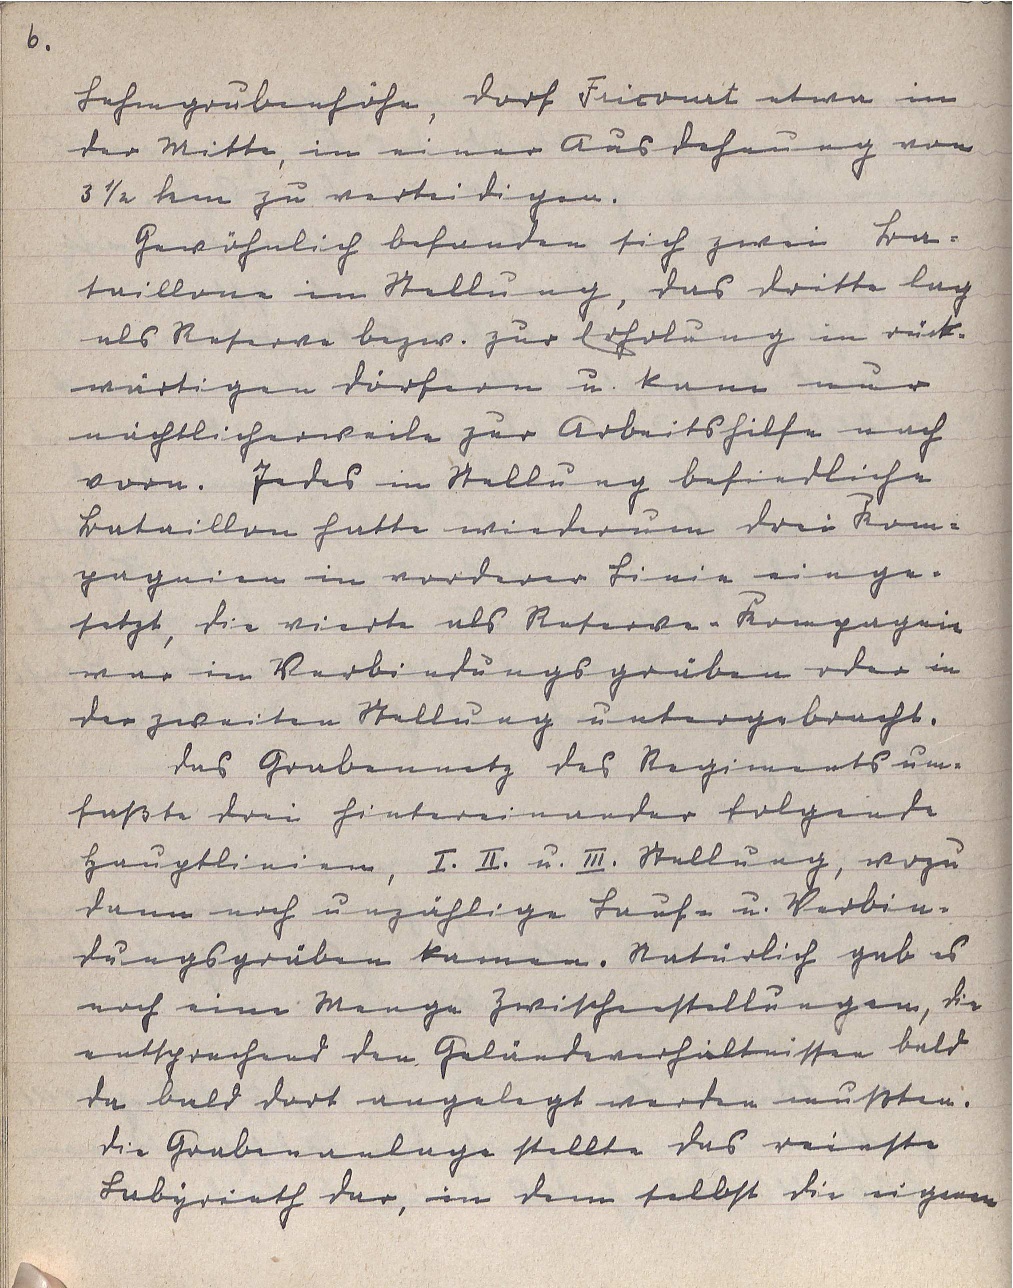
6.

Lehmgrubenhöhe, Dorf Fricourt etwa in
der Mitte, in einer Ausdehnung von
3 1/2 km zu verteidigen.
Gewöhnlich befanden sich zwei Ba¬
taillone in Stellung, das dritte lag
als Reserve bezw. zur Erholung in rück¬
wärtigen Dörfern u. kam nur
nächtlicherweile zur Arbeitshilfe nach
vorn. Jedes in Stellung befindliche
Bataillon hette wiederum drei Kom¬
pagnien in vorderer Linie einge¬
setzt, die vierte als Reserve-Kompagnie
war in Verbindungsgräben oder in
der zweiten Stellung untergebracht.
Das Grabennetz des Regiments um¬
faßte drei hintereinander folgende
Hauptlinien, I. II. u. III. Stellung, wozu
dann noch unzählige Lauf- u. Verbin¬
dungsgräben kamen. Natürlich gab es
noch eine Menge Zwischenstellungen, die
entsprechend den Geländeverhältnissen bald
da bald dort angelegt werden mußten.
Die Grabenanlage stellte das reinste
Labyrinth dar, in dem selbst die eigenen